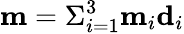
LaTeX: \textbf{m}=\Sigma_{i=1}^{3}\textbf{m}_{i}\textbf{d}_{i}